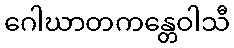
ဂေါဃာတကန္တေဝါသီ